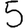
Digit: 5